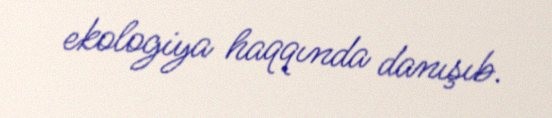
ekologiya haqqında danışıb.